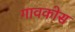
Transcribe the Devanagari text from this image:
गावकोस